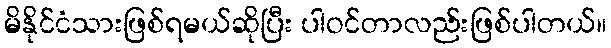
မိနိုင်ငံသားဖြစ်ရမယ်ဆိုပြီး ပါဝင်တာလည်းဖြစ်ပါတယ်။